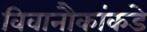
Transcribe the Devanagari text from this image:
विवानौकांकडे